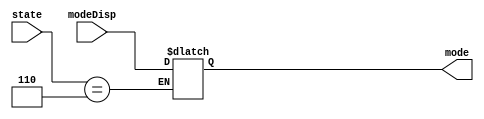
`timescale 1ns / 1ps
//////////////////////////////////////////////////////////////////////////////////
// Company: 
// Engineer: 
// 
// Design Name: 
// Module Name: set_format
// Project Name: 
// Target Devices: 
// Tool Versions: 
// Description: 
// 
// Dependencies: 
// 
// Revision:
// Revision 0.01 - File Created
// Additional Comments:
// 
//////////////////////////////////////////////////////////////////////////////////


module set_format(
input [2:0] state,
input modeDisp,
output reg mode
    );
    
  always @(*)
    begin
        if(state == 3'b110)
        begin
        mode = modeDisp;
        end
    end
endmodule